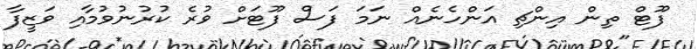
ފޫޓް ތިން އިންޗި އަންހެނެއް ނަމަ ފަސް ފޫޓަށް ވުރެ ކުރުނުވުމާއި ވަޒީފާ